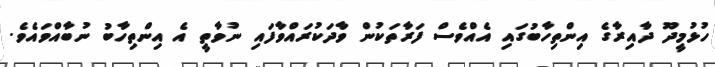
ހުޅުމީދޫ ދާއިރާގެ އިންތިހާބުގައި އެއްވެސް ފަރާތަކުން ވާދަކުރައްވާފައި ނުވާތީ އެ އިންތިހާބު ނުބާއްވައެވެ.